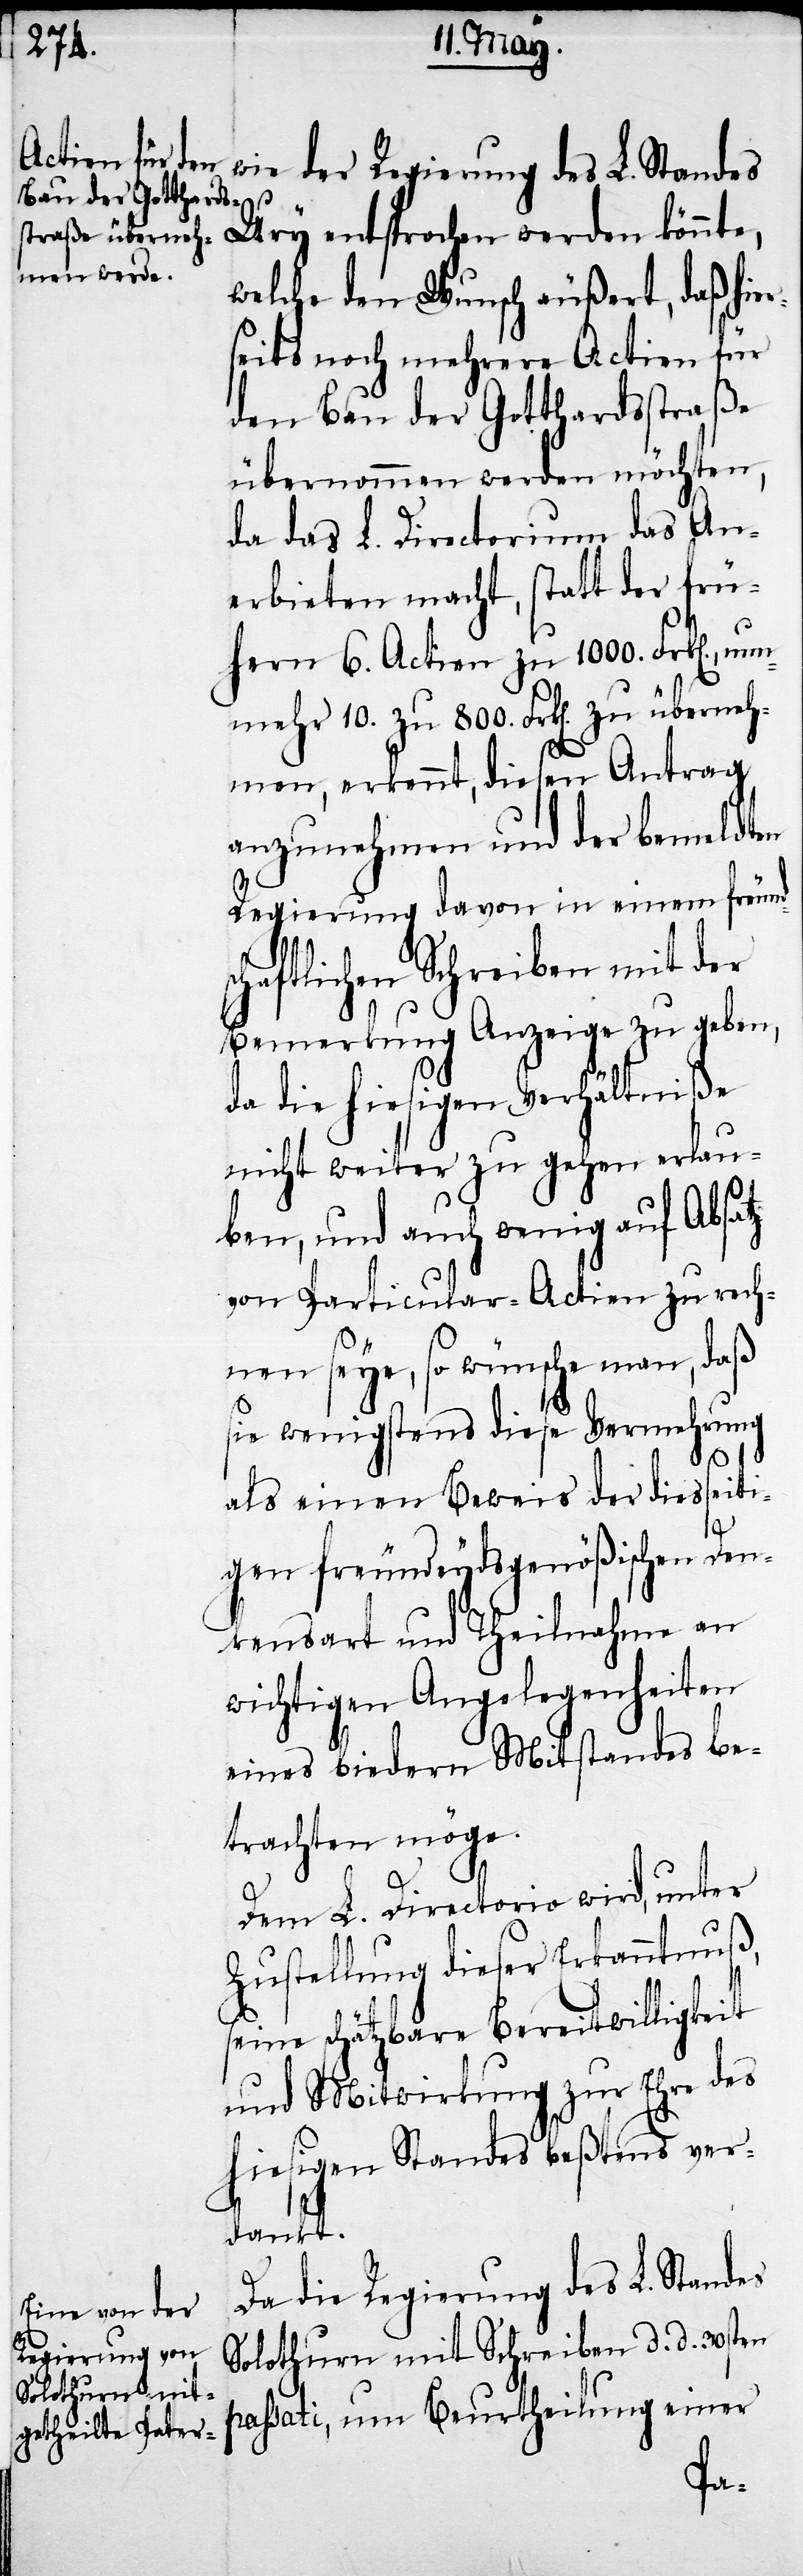
Solothurn mit

wie der Regierung des L. Standes
Ury entsprochen werden könnte,
welche den Wunsch äußert, daß hie¬
rseits noch mehrere Actien für
den Bau der Gotthardsstraße
übernommen werden möchten,
da das L. Directorium das An¬
erbieten macht, statt der frü¬
hern 6. Actien zu 1000. Frk[en].,
mehr 10. zu 800. Frk[en]. zu überneh¬
men, erkennt, diesen Antrag
anzunehmen und der bemeldten
Regierung davon in einem fre¬
chaftlichen Schreiben mit der
Bemerkung Anzeige zu geben,
da die hiesigen Verhältniße
nicht weiter zu gehen erlau¬
ben, und auch wenig auf Absatz
von Particular-Actien zu rech¬
nen seye, so wünsche man, daß
sie wenigstens diese Vermehrung
als einen Beweis der diesse¬
gen freundeydsgenößischen Den¬
kensart und Theilnahme an
wichtigen Angelegenheiten
eines biedern Mitstandes be¬
trachten möge.
Dem L. Directorio wird, unter
Zustellung dieser Erkanntnuß,
seine schätzbare Bereitwilligkeit
und Mitwirkung zur Ehre des
hiesigen Standes beßtens ve¬
rdankt.
Da die Regierung des L. Stand¬
ben
d.
einer
Beurthei¬
d.
i¬
lung